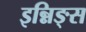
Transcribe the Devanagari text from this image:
इन्निङ्स